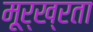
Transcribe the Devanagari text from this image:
मूर्ख्रता